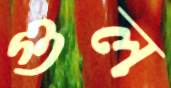
গুল